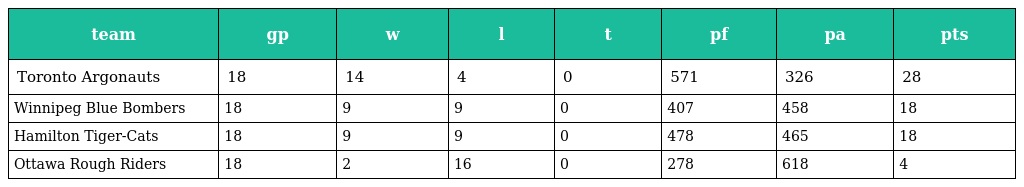
| team | gp | w | l | t | pf | pa | pts |
 | --- | --- | --- | --- | --- | --- | --- | --- |
 | Toronto Argonauts | 18 | 14 | 4 | 0 | 571 | 326 | 28 |
 | Winnipeg Blue Bombers | 18 | 9 | 9 | 0 | 407 | 458 | 18 |
 | Hamilton Tiger-Cats | 18 | 9 | 9 | 0 | 478 | 465 | 18 |
 | Ottawa Rough Riders | 18 | 2 | 16 | 0 | 278 | 618 | 4 |